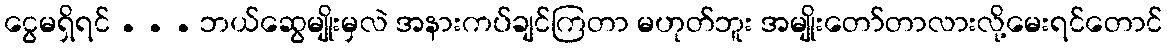
ငွေမရှိရင် . . . ဘယ်ဆွေမျိုးမှလဲ အနားကပ်ချင်ကြတာ မဟုတ်ဘူး အမျိုးတော်တာလားလို့မေးရင်တောင်